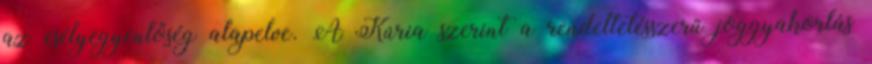
az esélyegyenlőség alapelve. A Kúria szerint a rendeltetésszerű joggyakorlás